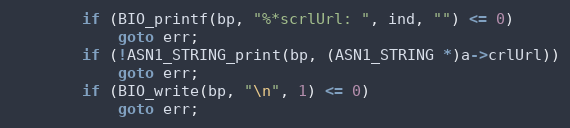
Language: C
        if (BIO_printf(bp, "%*scrlUrl: ", ind, "") <= 0)
            goto err;
        if (!ASN1_STRING_print(bp, (ASN1_STRING *)a->crlUrl))
            goto err;
        if (BIO_write(bp, "\n", 1) <= 0)
            goto err;